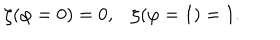
\zeta ( \varphi = 0 ) = 0 , \zeta ( \varphi = 1 ) = 1 .